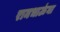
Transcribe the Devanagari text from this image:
रामभाऊंना